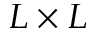
L \times L